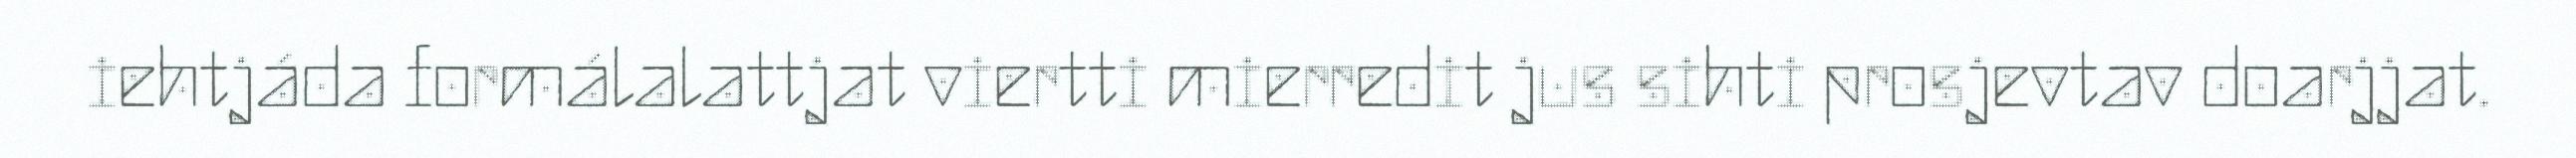
iehtjáda formálalattjat viertti mierredit jus sihti prosjevtav doarjjat.